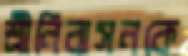
শ্রীনিবাসনকে